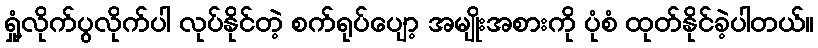
ရှုံ့လိုက်ပွလိုက်ပါ လုပ်နိုင်တဲ့ စက်ရုပ်ပျော့ အမျိုးအစားကို ပုံစံ ထုတ်နိုင်ခဲ့ပါတယ်။